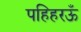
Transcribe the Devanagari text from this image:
पहिहरऊँ